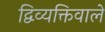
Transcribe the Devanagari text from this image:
द्विव्यक्तिवाले